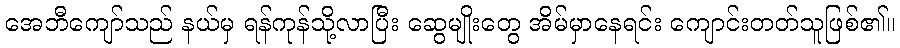
အေဘီကျော်သည် နယ်မှ ရန်ကုန်သို့လာပြီး ဆွေမျိုးတွေ အိမ်မှာနေရင်း ကျောင်းတတ်သူဖြစ်၏။